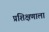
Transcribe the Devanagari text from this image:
प्रशिक्षणाला